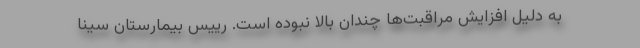
به دلیل افزایش مراقبت‌ها چندان بالا نبوده است. رییس بیمارستان سینا